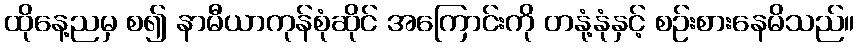
ထိုနေ့ညမှ စ၍ နာမီယာကုန်စုံဆိုင် အကြောင်းကို တနုံ့နုံနှင့် စဉ်းစားနေမိသည်။